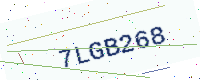
Text: 7LGB268